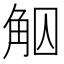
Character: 𧣕